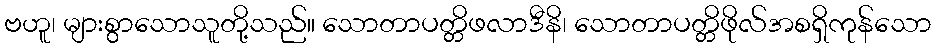
ဗဟူ၊ များစွာသောသူတို့သည်။ သောတာပတ္တိဖလာဒီနိ၊ သောတာပတ္တိဖိုလ်အစရှိကုန်သော